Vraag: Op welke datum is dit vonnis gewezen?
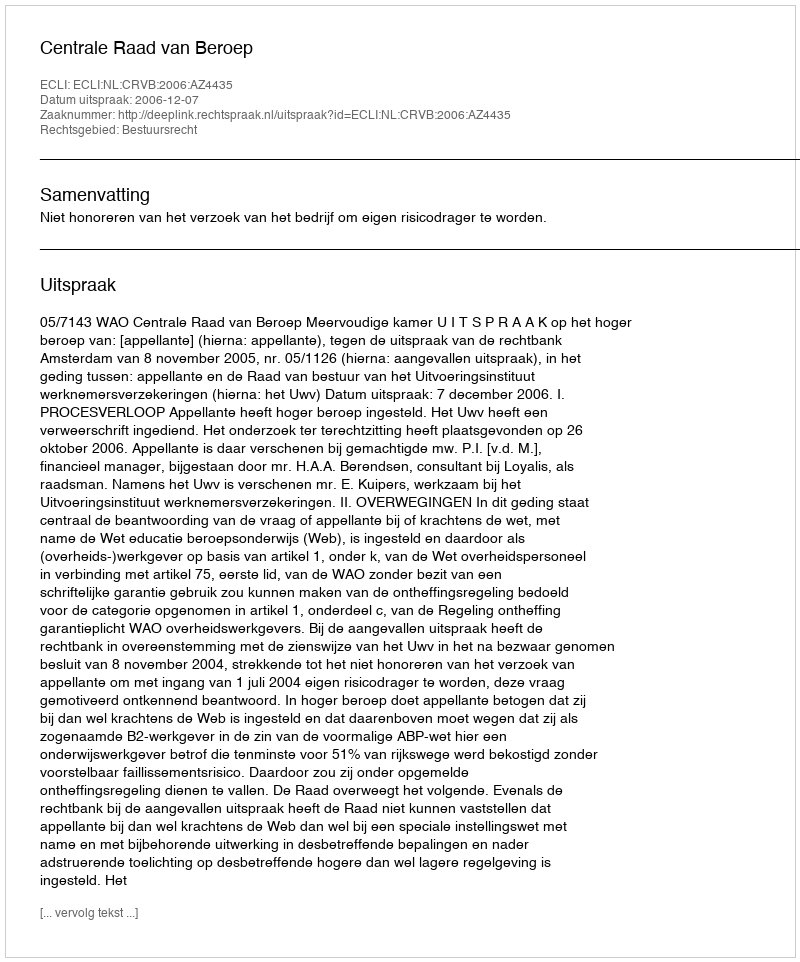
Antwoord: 2006-12-07